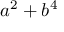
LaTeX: a ^ { 2 } + b ^ { 4 }